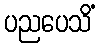
ပညပေသိံ